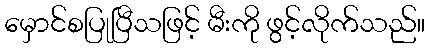
မှောင်စပြုပြီသဖြင့် မီးကို ဖွင့်လိုက်သည်။